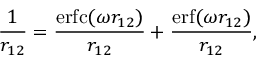
\frac { 1 } { r _ { 1 2 } } = \frac { \mathrm { e r f c } ( \omega r _ { 1 2 } ) } { r _ { 1 2 } } + \frac { \mathrm { e r f } ( \omega r _ { 1 2 } ) } { r _ { 1 2 } } ,